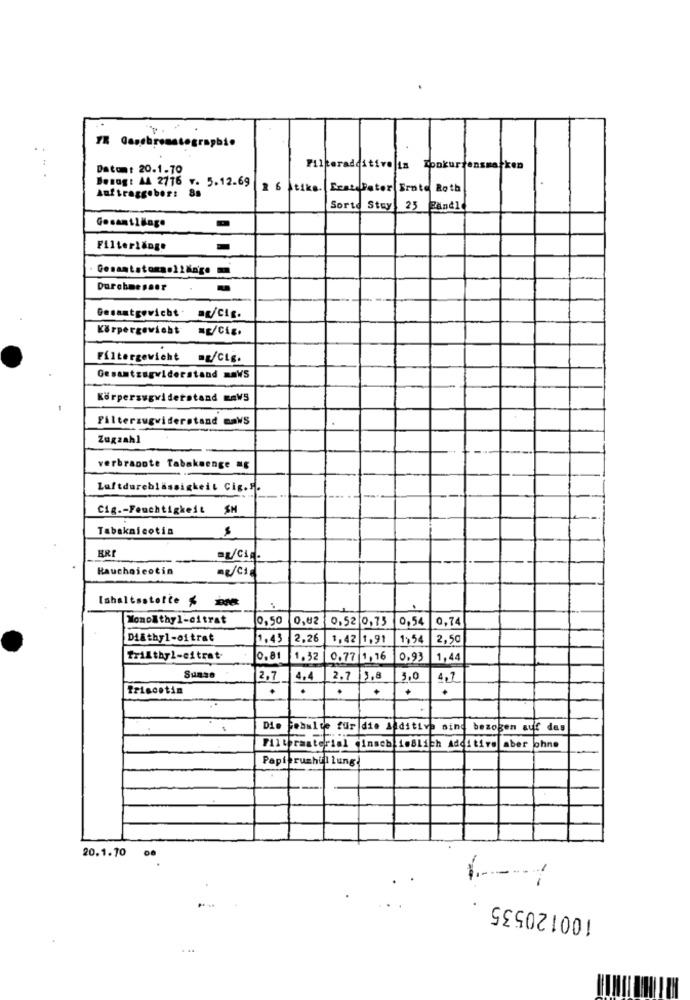
7% Gaschromatographie
:
Datum: 20.1-10
Filteradditive is Konkur:
atken
Benog: AA 2776 v. 5.12.69
2 6 tiks. Erat Peter Erato Roth
Auftraggeber: 8s
Sorte Stay 25 Band1
Gesamtlänge
Filterlänge
Gesamtgewicht. ag/Cig.
Körpergewicht =E/Cig.
Filtergewicht =g/Cig.
Gesamtzagwiderstand maWS
Körpersugwiderstand maWS
Filterzugwiderstand maWS
Zugzahl
verbrannte Tabakmenge =g
Luftdurchlässigkeit Cig.5.
Cig .- Feuchtigkeit SH
Tabaknicotin
Rauchejeotin
me/cia
Ishaltsstolte & b
Monolthyl-citrat
0,50
0,02
0,52 0,75
0,54
0,74
Di&thyl-oitrat
1.43
2,26
1,42 1,91
1,54
2,50
Trilthyl-citrat
0,81
1.32
0.77 1, 76
0,93
1,44
Suaso
2,7
4.4
2.7 5,8
3,0
Priscotin
.
.
Die Febalte fur die Additive sind
bezogen auf das
Filtermaterial inseb ioBlich Additive aber ohne
Papieruchil lung
20.1.70
100120535